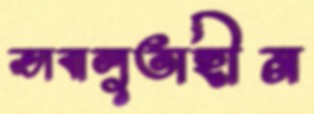
ভাবালুতাহীন